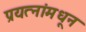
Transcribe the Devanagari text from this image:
प्रयत्‍नांमधून